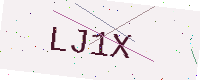
Text: LJ1X